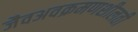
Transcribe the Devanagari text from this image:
जैवअवक्रमणशीलती